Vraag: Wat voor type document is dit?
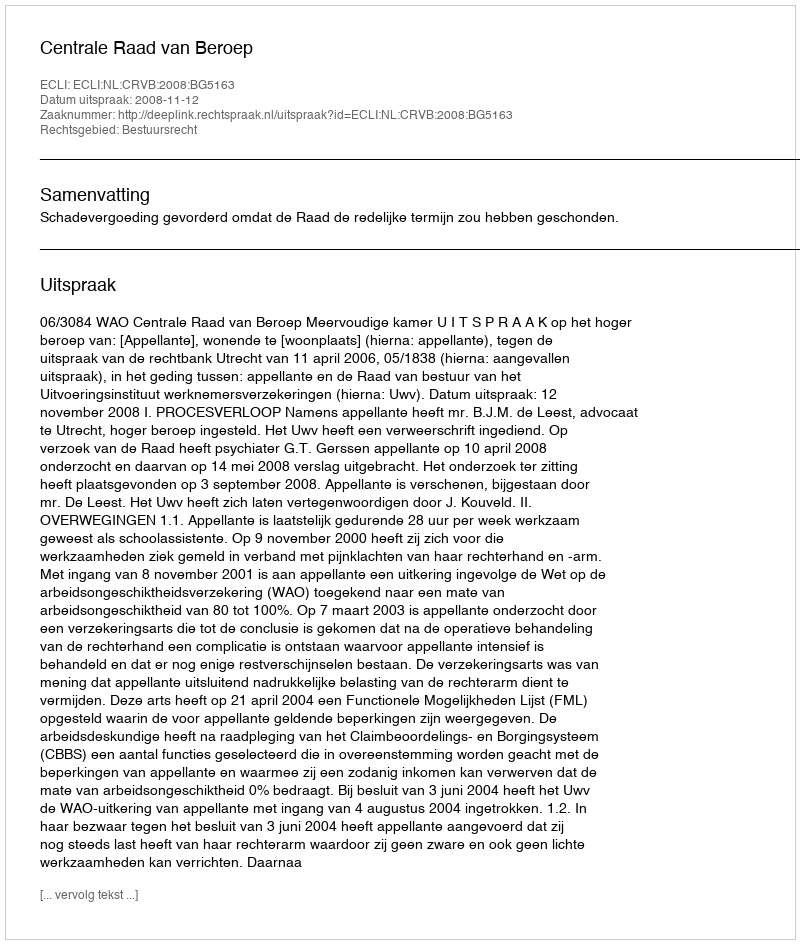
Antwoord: Uitspraak